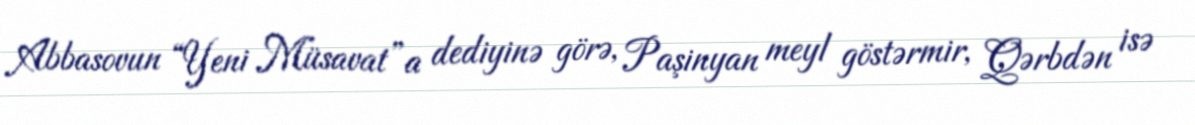
Abbasovun “Yeni Müsavat”a dediyinə görə, Paşinyan meyl göstərmir, Qərbdən isə